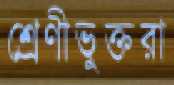
শ্রেণীভুক্তরা